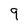
Character: 9